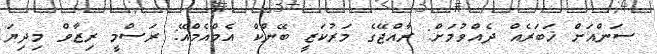
ސަންއަށް ޚަބަރެއް ދެއްވުމަށް: ރާއްޖޭގެ މަރުކަޒީ ބޭންކް އެމްއެމްއޭ: ރަސްމީ ރިޒާވް މިދިޔަ